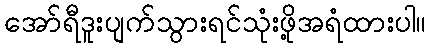
အော်ရီဒူးပျက်သွားရင်သုံးဖို့အရံထားပါ။